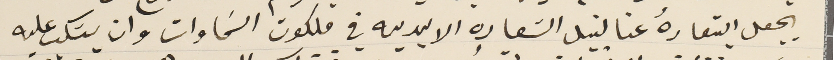
يجعل ابتعادهُ عنا لنيل السَعاده الابديه في ملكوت السَماوات وان يسَكب عليه